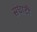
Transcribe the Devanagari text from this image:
संघाटी